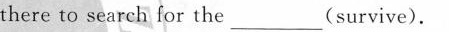
there to search for the_(survive).